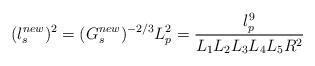
LaTeX: \begin{align*}(l_{s}^{new})^{2}=(G_{s}^{new})^{-2/3} L^{2}_{p}=\frac{l_{p}^{9}}{L_1 L_2 L_3 L_4 L_5 R^2}\end{align*}